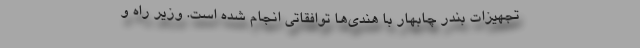
تجهیزات بندر چابهار با هندی‌ها توافقاتی انجام شده است. وزیر راه و